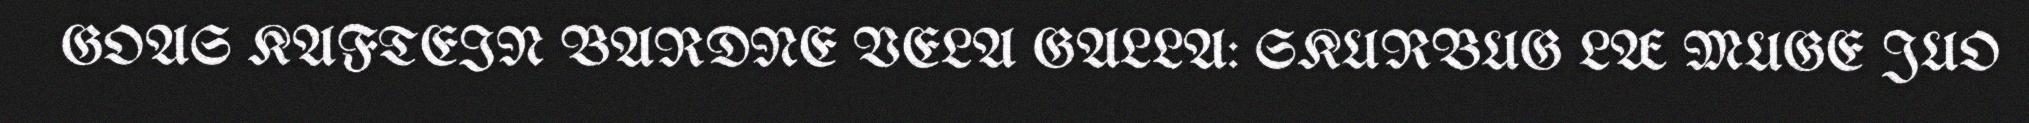
GOAS KAFTEIN BARDNE VELA GALLA: SKURBUG LÆ MUGE JUO